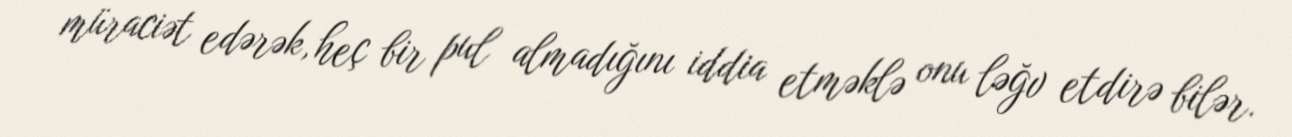
müraciət edərək, heç bir pul almadığını iddia etməklə onu ləğv etdirə bilər.